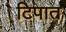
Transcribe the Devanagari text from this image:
टिपात